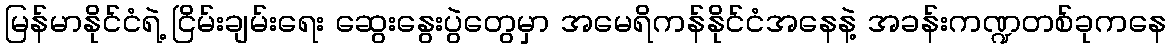
မြန်မာနိုင်ငံရဲ့ ငြိမ်းချမ်းရေး ဆွေးနွေးပွဲတွေမှာ အမေရိကန်နိုင်ငံအနေနဲ့ အခန်းကဏ္ဍတစ်ခုကနေ